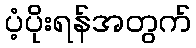
ပံ့ပိုးရန်အတွက်